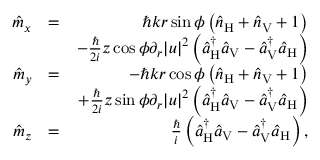
\begin{array} { r l r } { \hat { m } _ { x } } & { = } & { \hbar k r \sin \phi \left( \hat { n } _ { \mathrm { H } } + \hat { n } _ { \mathrm { V } } + 1 \right) } \\ & { } & { - \frac { \hbar } { 2 i } z \cos \phi \partial _ { r } | u | ^ { 2 } \left( \hat { a } _ { \mathrm { H } } ^ { \dagger } \hat { a } _ { \mathrm { V } } - \hat { a } _ { \mathrm { V } } ^ { \dagger } \hat { a } _ { \mathrm { H } } \right) } \\ { \hat { m } _ { y } } & { = } & { - \hbar k r \cos \phi \left( \hat { n } _ { \mathrm { H } } + \hat { n } _ { \mathrm { V } } + 1 \right) } \\ & { } & { + \frac { \hbar } { 2 i } z \sin \phi \partial _ { r } | u | ^ { 2 } \left( \hat { a } _ { \mathrm { H } } ^ { \dagger } \hat { a } _ { \mathrm { V } } - \hat { a } _ { \mathrm { V } } ^ { \dagger } \hat { a } _ { \mathrm { H } } \right) } \\ { \hat { m } _ { z } } & { = } & { \frac { \hbar } { i } \left( \hat { a } _ { \mathrm { H } } ^ { \dagger } \hat { a } _ { \mathrm { V } } - \hat { a } _ { \mathrm { V } } ^ { \dagger } \hat { a } _ { \mathrm { H } } \right) , } \end{array}